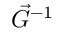
\vec { G } ^ { - 1 }